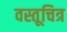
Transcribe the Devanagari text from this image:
वस्तूचित्र